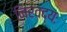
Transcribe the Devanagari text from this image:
निरवद्यः